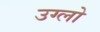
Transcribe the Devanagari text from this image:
उग्लो